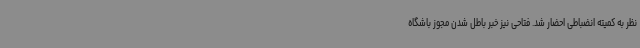
نظر به کمیته انضباطی احضار شد. فتاحی نیز خبر باطل شدن مجوز باشگاه